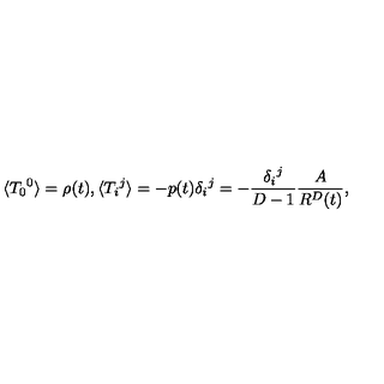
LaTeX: \langle { T _ { 0 } } ^ { 0 } \rangle = \rho ( t ) , \langle { T _ { i } } ^ { j } \rangle = - p ( t ) { \delta _ { i } } ^ { j } = - { \frac { { \delta _ { i } } ^ { j } } { D - 1 } } { \frac { A } { R ^ { D } ( t ) } } ,